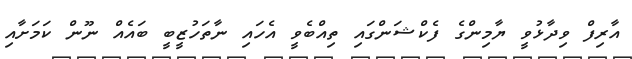
އާރިފް ވިދާޅުވީ ޔާމިންގެ ފެކްޝަންގައި ތިއްބެވީ އެހައި ނާތަހުޒީބީ ބައެއް ނޫން ކަމަށާއި